Annual report on the mental hospital in the Central Provinces and Berar (Nagpur) - 1927-1951
Year: 1927
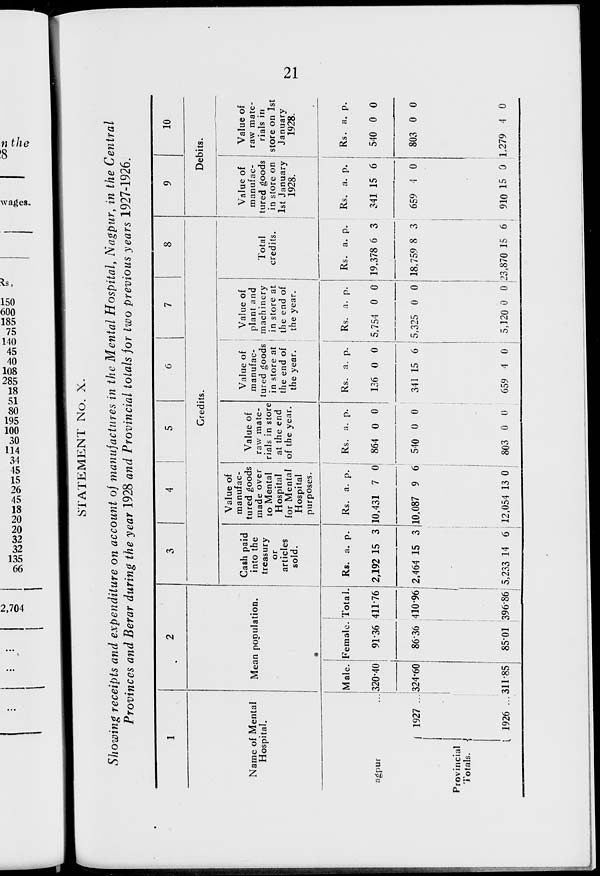
21
STATEMENT No. X.
Showing receipts and expenditure on account of manufactures in the Mental Hospital, Nagpur, in the Central
Provinces and Berar during the year 1928 and Provincial totals for two previous years 1927-1926.
1
Name of Mental
Hospital.
Nagpur ...
Provincial
Totals.
1927 ...
1926 ...
2
Mean population.
Male.
320.40
324.60
311.85
Female.
91.36
86.36
85.01
Total.
411.76
410.96
396.86
3
4
5
6
7
8
Credits.
Cash paid
into the
treasury
or
articles
sold.
Rs.
2,192
2,464
5,233
a.
15
15
14
p.
3
3
6
Value of
manufac-
tured goods
made over
to Mental
Hospital
for Mental
Hospital
purposes.
Rs.
10,431
10,087
12,054
a.
7
9
13
p.
0
6
0
Value of
raw mate-
rials in store
at the end
of the year.
Rs.
864
540
803
a.
0
0
0
p.
0
0
0
Value of
manufac-
tured goods
in store at
the end of
the year.
Rs.
126
341
659
a.
0
15
4
p.
0
6
0
Value of
plant and
machinery
in store at
the end of
the year.
Rs.
5,754
5,325
5,120
a.
0
0
0
p.
0
0
0
Total
credits.
Rs.
19,378
18,759
23,870
a.
6
8
15
p.
3
3
6
9
10
Debits.
Value of
manufac-
tured goods
in store on
1st January
1928.
Rs.
341
659
910
a.
15
4
15
p.
6
0
0
Value of
raw mate-
rials in
store on 1st
January
1928.
Rs.
540
803
1,279
a.
0
0
4
p.
0
0
0